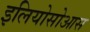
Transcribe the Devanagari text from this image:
इलियोसोआस